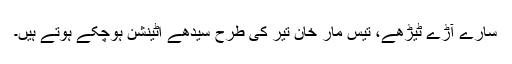
سارے آڑے ٹیڑھے، تیس مار خان تیر کی طرح سیدھے اٹینشن ہوچکے ہوتے ہیں۔